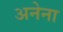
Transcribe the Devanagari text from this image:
अनेना